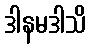
ဒါနမဒါသိ